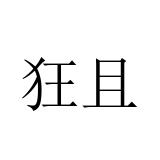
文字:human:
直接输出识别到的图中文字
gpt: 狂且